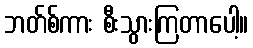
ဘတ်စ်ကား စီးသွားကြတာပေါ့။